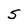
Character: S